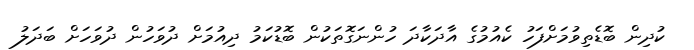
ކުދިން ބޮޑެތިވުމަށްފަހު ކެއުމުގެ އާދަކާދަ ހުންނަގޮތަކުން ބޮޑުކަމު ދިއުމަށް ދުވަހުން ދުވަހަށް ބަދަލު